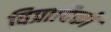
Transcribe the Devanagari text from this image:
विप्रादिको